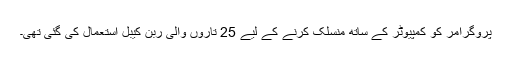
پروگرامر کو کمپیوٹر کے ساتھ منسلک کرنے کے لیے 25 تاروں والی ربن کیبل استعمال کی گئی تھی۔